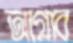
আগ্‌লাব